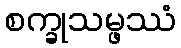
စက္ခုသမ္ဖဿံ